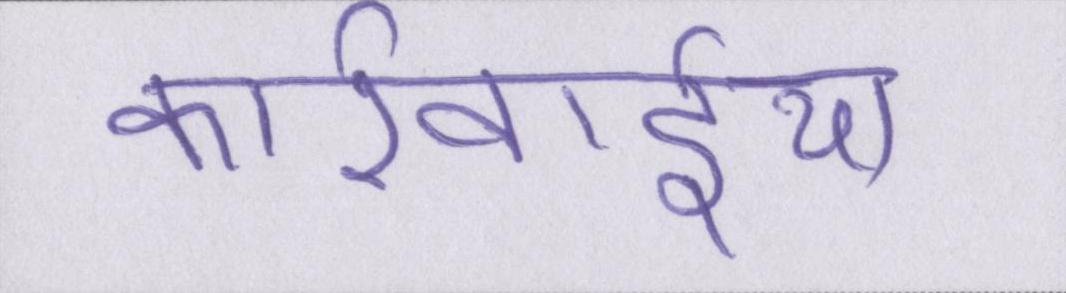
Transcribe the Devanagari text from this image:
कार्रवाईयां